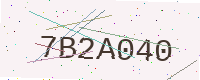
Text: 7B2A040